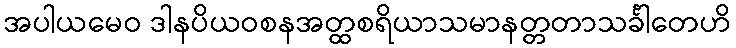
အပါယမေဝ ဒါနပိယဝစနအတ္ထစရိယာသမာနတ္တတာသင်္ခါတေဟိ